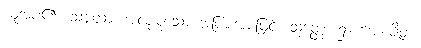
ယူအပ်၏။ သဗ္ဗထာ၊ အလုံးစုံသော အပြားအားဖြင့်။ သုတ္တေ၊ ၌။ ယောဇိတံ၊